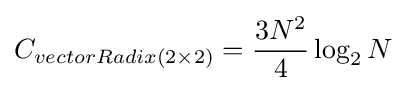
C_{vectorRadix(2\times 2)}={\frac {3N^{2}}{4}}\log _{2}N